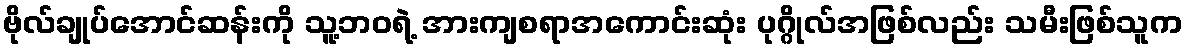
ဗိုလ်ချုပ်အောင်ဆန်းကို သူ့ဘဝရဲ့ အားကျစရာအကောင်းဆုံး ပုဂ္ဂိုလ်အဖြစ်လည်း သမီးဖြစ်သူက